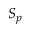
S _ { p }